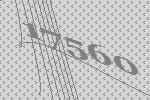
17560